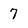
Character: 7